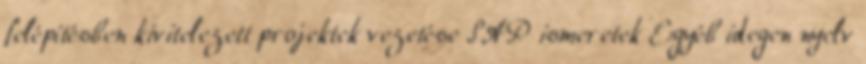
felépítésben kivitelezett projektek vezetése SAP ismeretek Egyéb idegen nyelv